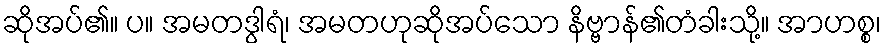
ဆိုအပ်၏။ ပ။ အမတဒွါရံ၊ အမတဟုဆိုအပ်သော နိဗ္ဗာန်၏တံခါးသို့။ အာဟစ္စ၊